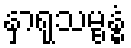
နှာရုသမ္ဗန္ဓံ